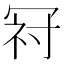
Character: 𭁺